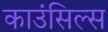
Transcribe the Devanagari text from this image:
काउंसिल्स